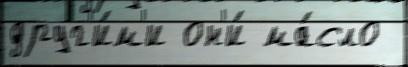
друг'и́м'и он'и́ ма́сло